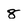
Character: 8